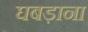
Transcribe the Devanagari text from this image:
घबड़ाना